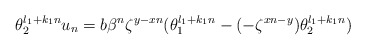
\begin{align*} \theta_2^{l_1+k_1n}u_n=b\beta^n\zeta^{y-xn}(\theta_1^{l_1+k_1n}-(-\zeta^{xn-y})\theta_2^{l_1+k_1n})\end{align*}